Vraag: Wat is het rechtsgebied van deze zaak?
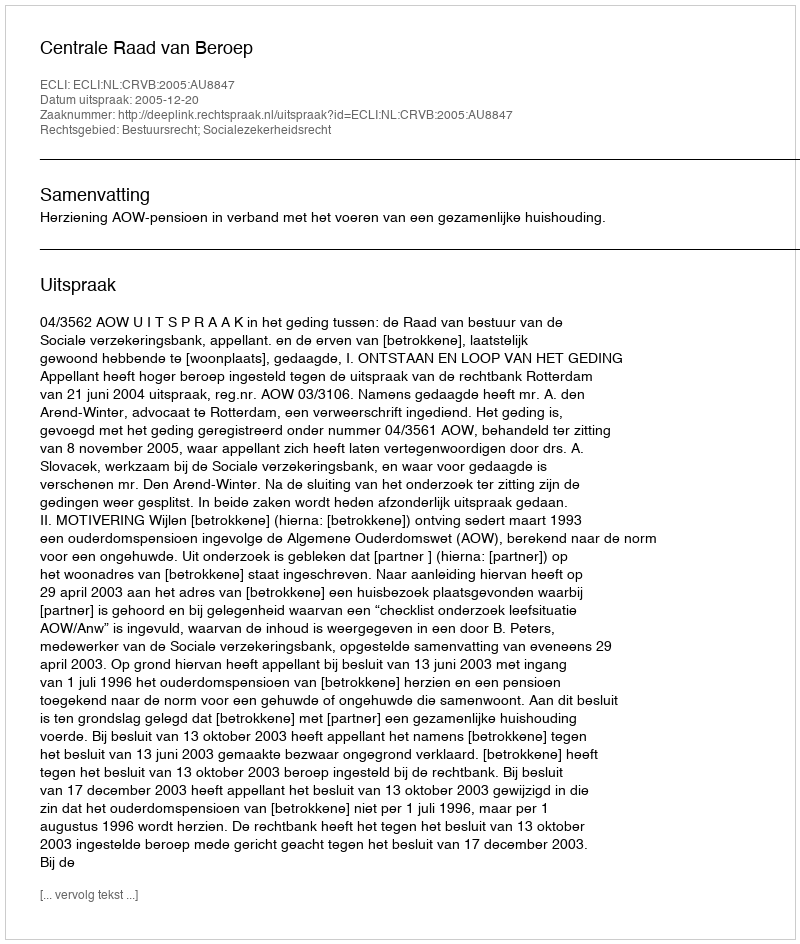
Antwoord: Bestuursrecht; Socialezekerheidsrecht